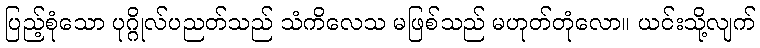
ပြည့်စုံသော ပုဂ္ဂိုလ်ပညတ်သည် သံကိလေသ မဖြစ်သည် မဟုတ်တုံလော။ ယင်းသို့လျက်